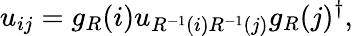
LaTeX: u_{ij}=g_{R}(i)u_{R^{-1}(i)R^{-1}(j)}g_{R}(j)^{\dagger},